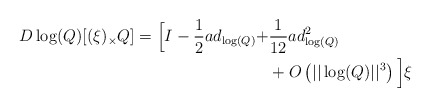
\begin{align*}D\log(Q) [(\xi)_{\times} Q ] = \Big[ I - \frac{1}{2} ad_{\log(Q)} +& \frac{1}{12} ad_{\log(Q)}^2 \\ &+ O \left(||\log(Q)||^3 \right) \Big] \xi \end{align*}